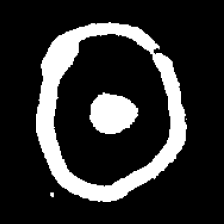
Pyu character \u2014 Myanmar letter: ထ (romanized: tha)